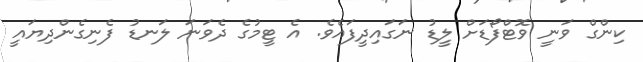
ކިންގް ވަނީ ވޮޓްފޯޑަށް ލީޑު ނަގައިދީފައެވެ. އެ ޓީމުގެ ދެވަނަ ލަނޑު ފެނިގެންދިޔައީ